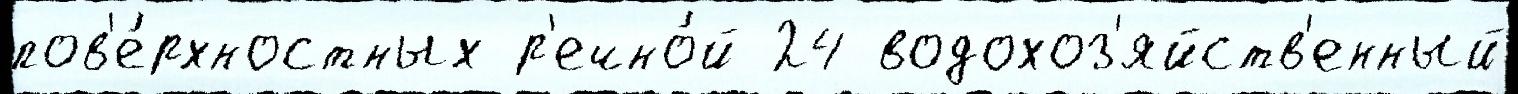
пов'е́рхностных р'ечно́й 24 водохоз'яйств'енный